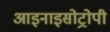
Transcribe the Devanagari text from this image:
आइनाइसोट्रोपी